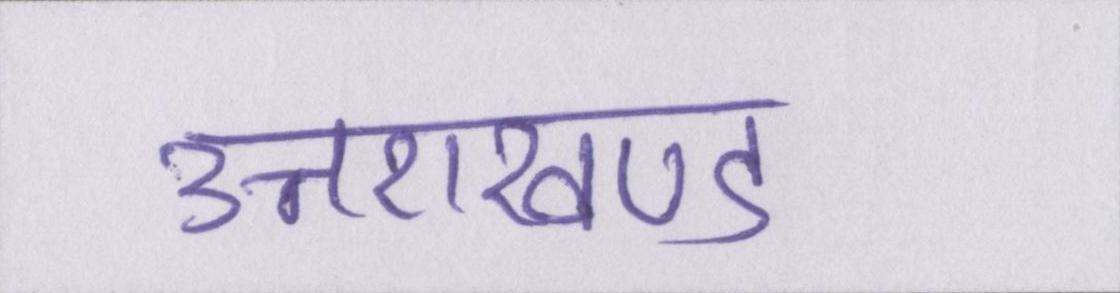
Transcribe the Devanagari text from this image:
उत्तराखण्ड